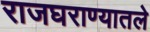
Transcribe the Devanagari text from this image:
राजघराण्यातले